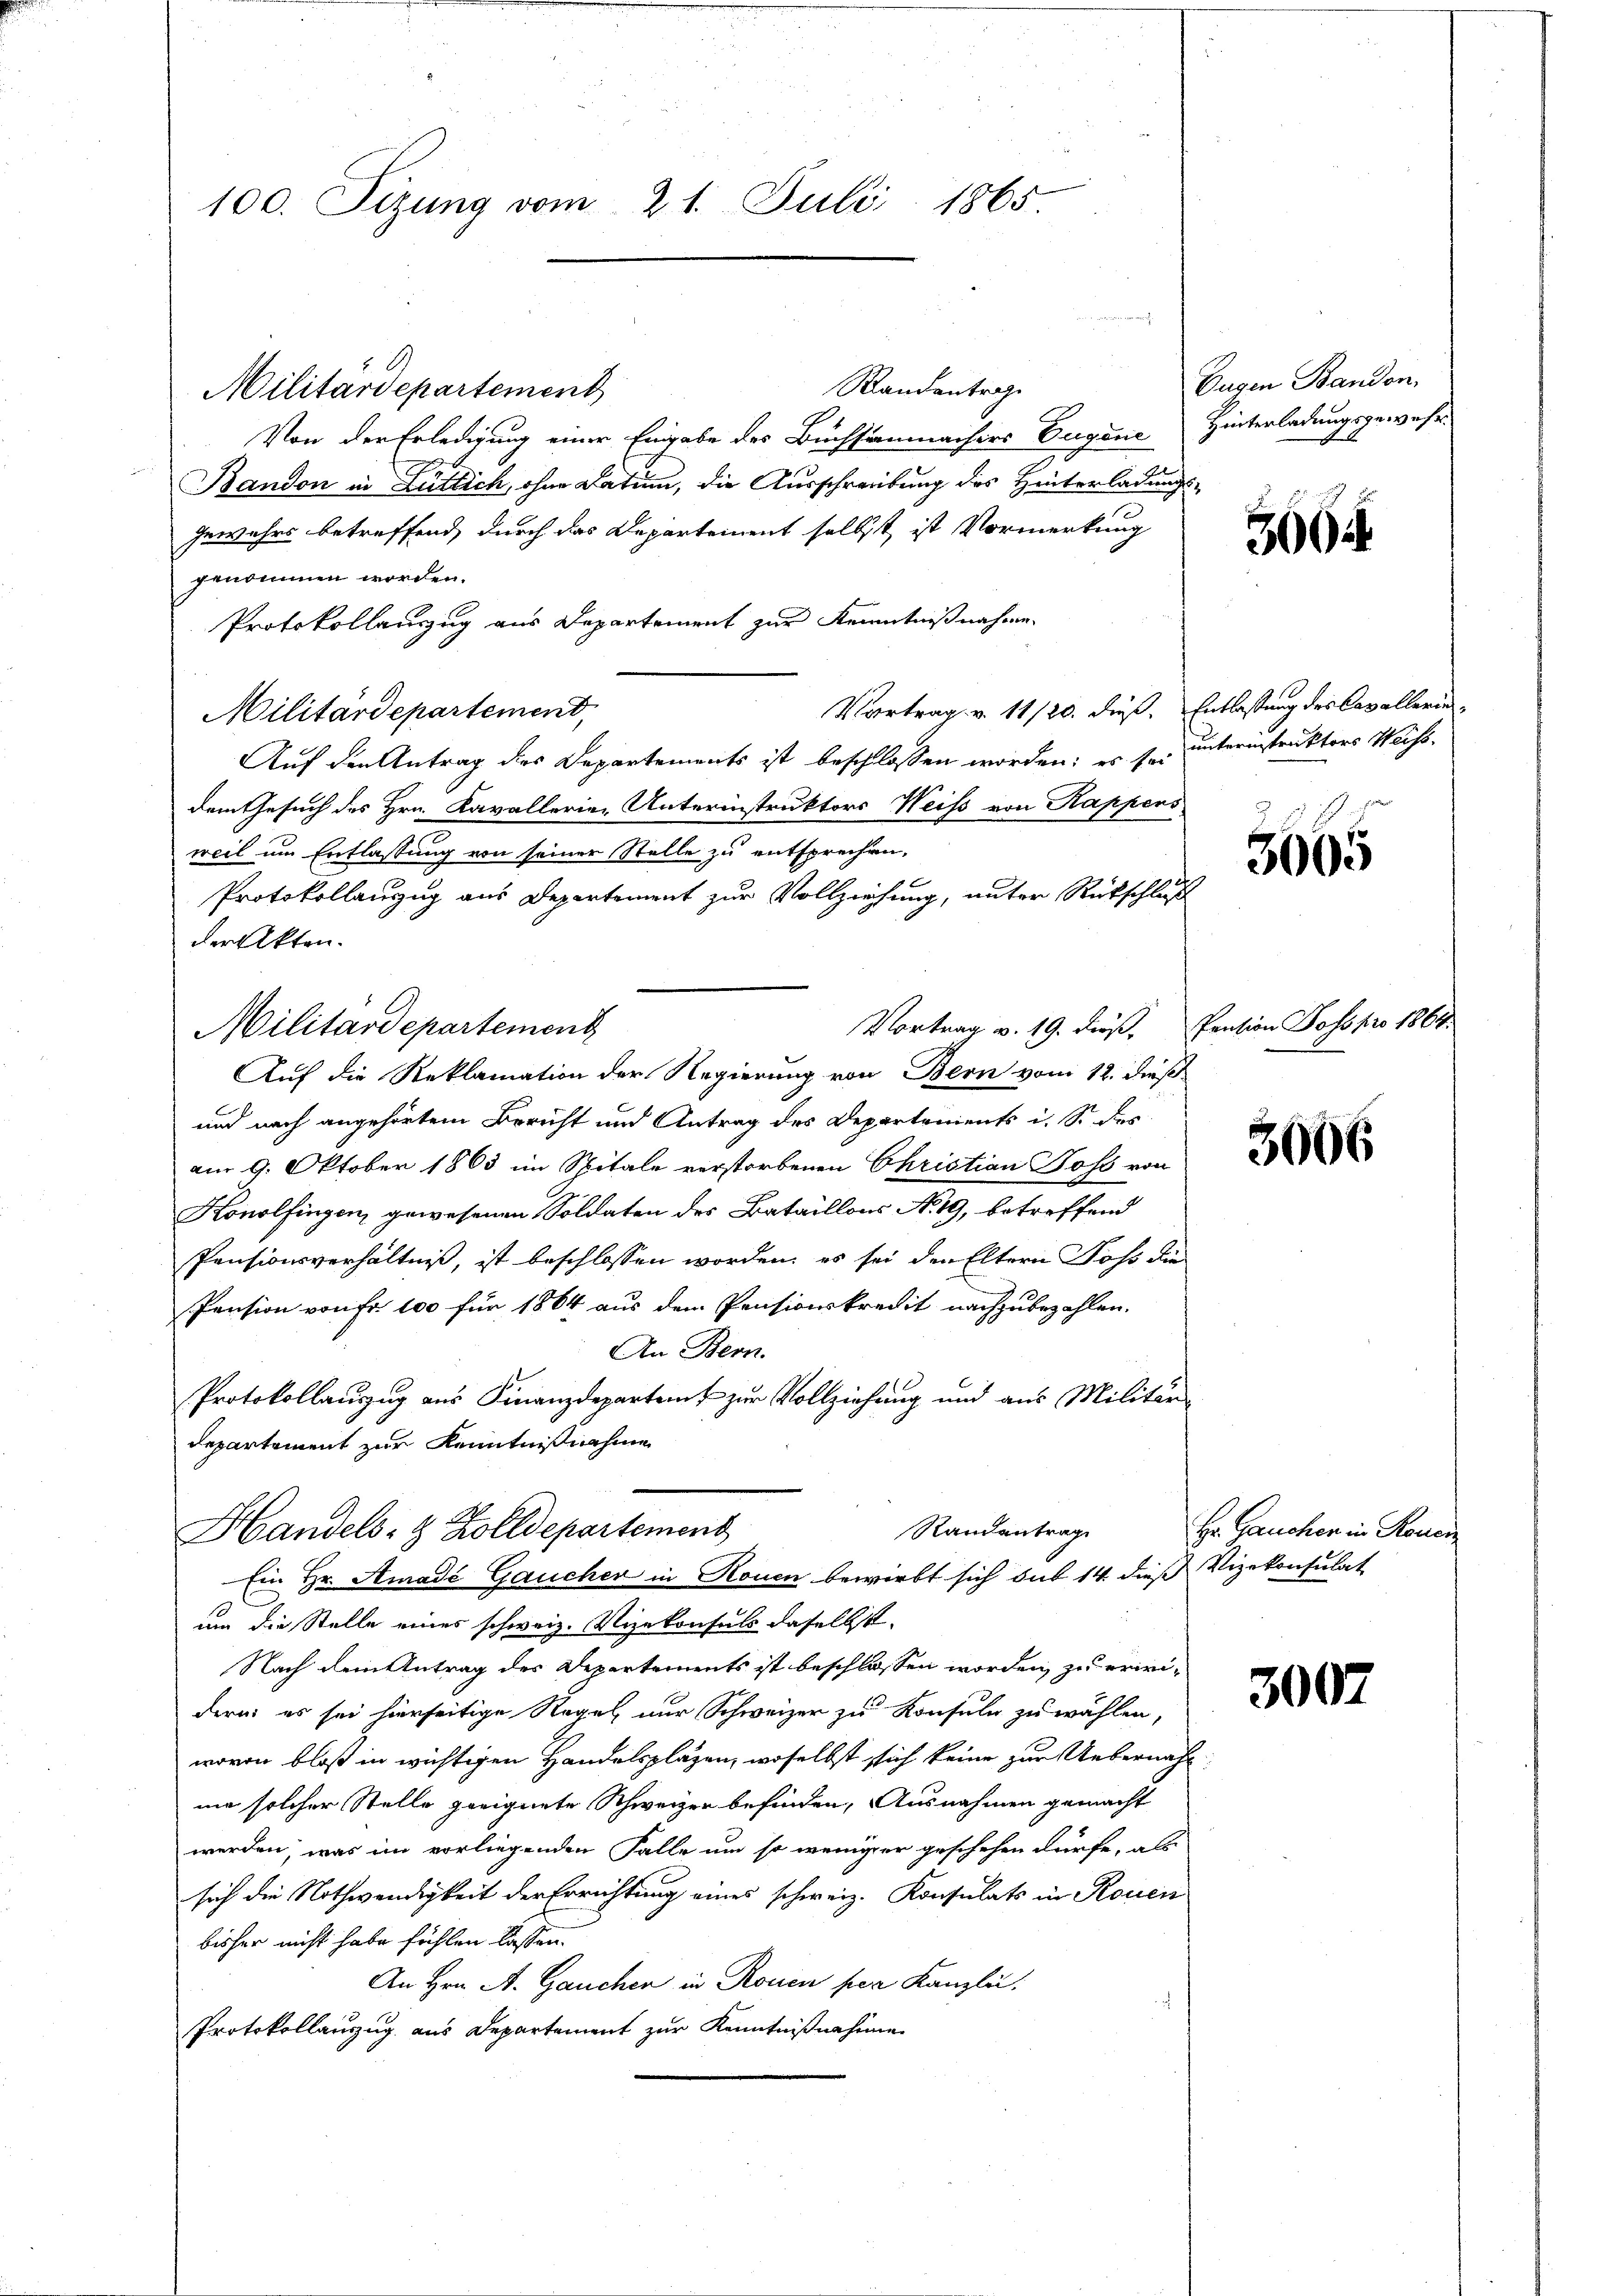
100. Sizung vom 21. Juli 1865.

Randentrage
Militärdepartement
Von der Erledigung einer Eingabe des Buchsammachers Eugene Hinterladungsgewahr
Bandon in Luttich, ohne Datum, die Ausschreibung des Hinterladungs¬
Gewahrs betreffend, durch das Departement selbst ist Vormerkung
genommen worden.
Protokollauszug aus Departement zur Kenntnißnahme.
Vortrag v. 11/20. dieß. Entlassung des Cavallerin
Militärdepartemend,
Auf den Antrag des Departements ist beschlossen worden; es sei unternstruktors Weissdem Gesuch des Hrn. Kavallerie-Unterinstruktors Weiss von Rappens
weil um Entlassung von seiner Stelle zu entsprechen,
Protokollanzug aus Departement zur Vollziehung, unter Rückschluß
der Akten.
Vortrag v. 19. dieß, Pension Doss pro 1864.
Militärdepartement
Auf die Reklamation der Regierung von Bern vom 12. dieß
und nach angehörtem Bericht und Antrag des Departements i. S. des
am 9. Oktober 1863 im Spitale verstorbenen Christian Boss von
Konolfingen, gewesenen Soldaten des Bataillons No. 19, betreffend
Pensionsverhältniß, ist beschlossen worden, es sei den Eltern Joss die
Pension von Fr. 100 für 1864 aus dem Pensionskredit nachzubezahlen.
An Bern.
Protokollauszug aus Finanzdepartem zur Vollziehung und aus Militär
Departement zur Kenntnißnahme
Randantrag
Handels- & Zolldepartement
Ein Hr. Amadé Gaucher in Rouen bewirbt sich sub 14. dieß Vizekonsulat
um die Stelle eines schweiz. Vizekonsuls daselbst.
Nach dem Antrag des Departements ist beschlossen worden, zu erini-
dern es sei hierseitige Regel nur Schweizer zu Konsuln zu wählen,
wovon bloß in wichtigen Handelsplazen, woselbst sich keine zur Uebernahma solcher Stelle geeignete Schweizer befinden, Ausnahmen gemacht
werden, was im vorliegenden Falle um so weniger geschehen dürfe, als
sich die Nothwendigkeit der Errichtung eines schweiz. Konsulats in Rouen
bisher nicht habe fühlen lassen.
An Hrn. A. Gaucher in Rouen per Kanzlei:
Protokollanzug aus Departement zur Kenntnißnahme

Eugen Bandon,
l

3664

3065

3006

Hr. Gaucher in Rouer

3007